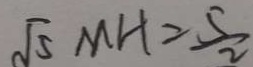
\sqrt { 5 } M H = \frac { 5 } { 2 }